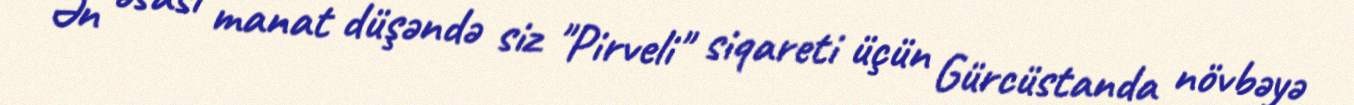
Ən əsası manat düşəndə siz "Pirveli" siqareti üçün Gürcüstanda növbəyə